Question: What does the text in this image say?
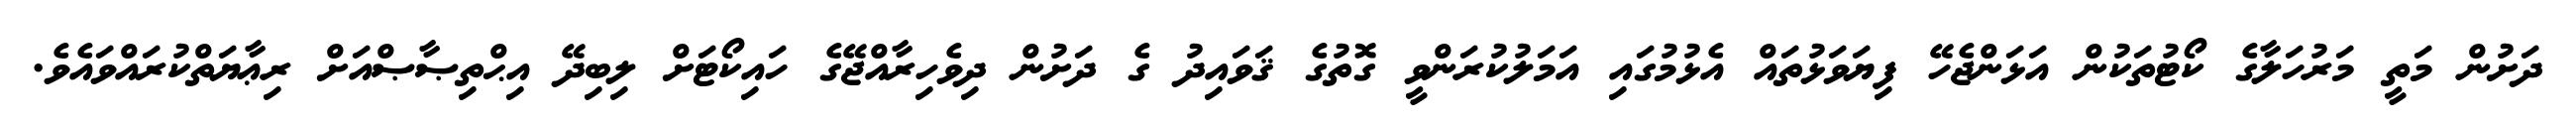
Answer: ދަށުން މަތީ މަރުހަލާގެ ކޯޓުތަކުން އަޅަންޖެހޭ ފިޔަވަޅުތައް އެޅުމުގައި އަމަލުކުރަންވީ ގޮތުގެ ޤަވައިދު ގެ ދަށުން ދިވެހިރާއްޖޭގެ ހައިކޯޓަށް ލިބިދޭ އިޙްތިޞާޞްއަށް ރިޢާޔަތްކުރައްވައެވެ.